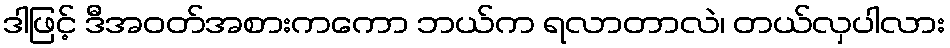
ဒါဖြင့် ဒီအဝတ်အစားကကော ဘယ်က ရလာတာလဲ၊ တယ်လှပါလား